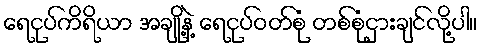
ရေငုပ်ကိရိယာ အချို့နဲ့ ရေငုပ်ဝတ်စုံ တစ်စုံငှားချင်လို့ပါ။